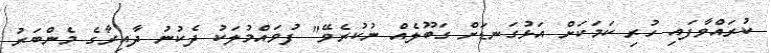
ކުރައްވާފައި ހުރި ކަމަކަށް އަޅުގަނޑަށް ގަބޫލެއް ނުކުރެވޭ" ފުވައްމުލަކު ދެކުނު ދާއިރާގެ މެންބަރު